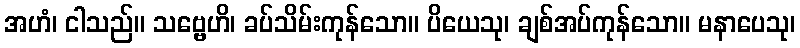
အဟံ၊ ငါသည်။ သဗ္ဗေဟိ၊ ခပ်သိမ်းကုန်သော။ ပိယေသု၊ ချစ်အပ်ကုန်သော။ မနာပေသု၊